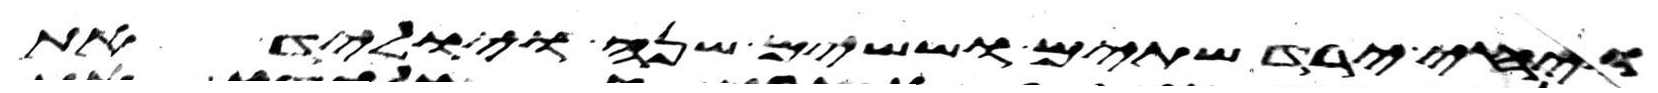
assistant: ויחי ירד שתים וששים שנה ויוליד את